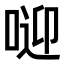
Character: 𠶐